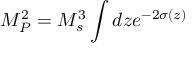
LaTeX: M _ { P } ^ { 2 } = M _ { s } ^ { 3 } \int d z e ^ { - 2 \sigma ( z ) }